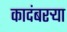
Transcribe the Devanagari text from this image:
कादंबरऱ्या